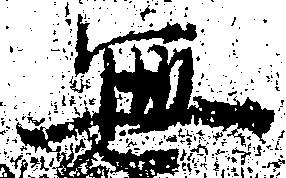
無